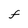
Character: f